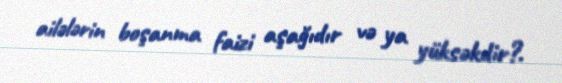
ailələrin boşanma faizi aşağıdır və ya yüksəkdir?.